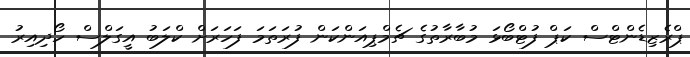
ޕްރެޒިޑެންޓްސް ކަޕް ފުޓްބޯޅަ މުބާރާތުގެ ޗެމްޕިއަންކަން ފުރަތަމަ ފަހަރަށް ކްލަބު އީގަލްސް ހޯދިއިރު